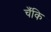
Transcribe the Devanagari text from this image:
चँकि